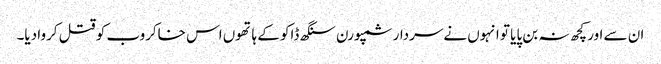
ان سے اور کچھ نہ بن پایا تو انہوں نےسردار سمپورن سنگھ ڈاکو کے ہاتھوں اس خاکروب کو قتل کروا دیا۔